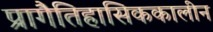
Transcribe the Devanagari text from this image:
प्रागैतिहासिककालीन